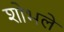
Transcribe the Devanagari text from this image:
शोभलें